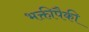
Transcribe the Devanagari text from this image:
भक्तीपैकी